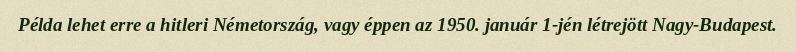
Példa lehet erre a hitleri Németország, vagy éppen az 1950. január 1-jén létrejött Nagy-Budapest.